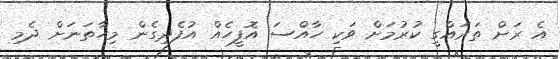
އެ ރަށް ތަރައްގީ ކުރުމަށް ވަކި ހާއްސަ އޮފީހެއް އުފެދިގެން މިހާތަނަށް ދެމި